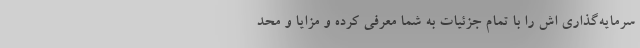
سرمایه‌گذاری اش را با تمام جزئیات به شما معرفی کرده و مزایا و محد